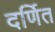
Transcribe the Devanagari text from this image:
दर्णित